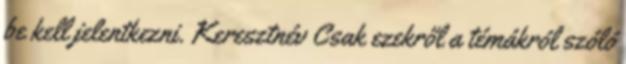
be kell jelentkezni. Keresztnév Csak ezekről a témákról szóló